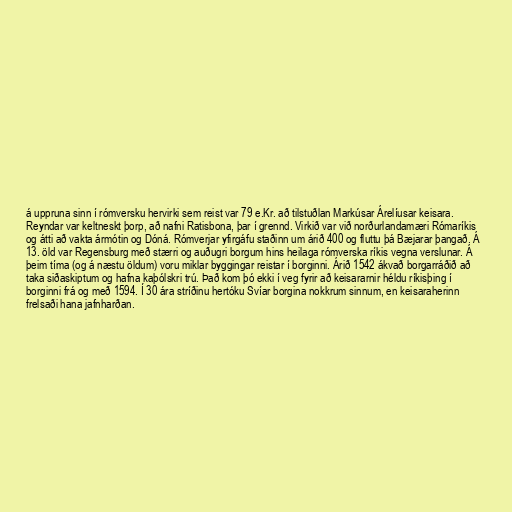
á uppruna sinn í rómversku hervirki sem reist var 79 e.Kr. að tilstuðlan Markúsar Árelíusar keisara.
Reyndar var keltneskt þorp, að nafni Ratisbona, þar í grennd. Virkið var við norðurlandamæri Rómaríkis
og átti að vakta ármótin og Dóná. Rómverjar yfirgáfu staðinn um árið 400 og fluttu þá Bæjarar þangað. Á
13. öld var Regensburg með stærri og auðugri borgum hins heilaga rómverska ríkis vegna verslunar. Á
þeim tíma (og á næstu öldum) voru miklar byggingar reistar í borginni. Árið 1542 ákvað borgarráðið að
taka siðaskiptum og hafna kaþólskri trú. Það kom þó ekki í veg fyrir að keisararnir héldu ríkisþing í
borginni frá og með 1594. Í 30 ára stríðinu hertóku Svíar borgina nokkrum sinnum, en keisaraherinn
frelsaði hana jafnharðan.